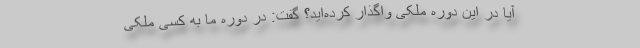
آیا در این دوره ملکی واگذار کرده‌اید؟ گفت: در دوره ما به کسی ملکی